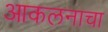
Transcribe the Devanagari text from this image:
आकलनाचा